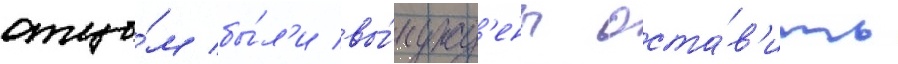
отцо́м бы́л'и вы́нужд'ены оста́в'ить